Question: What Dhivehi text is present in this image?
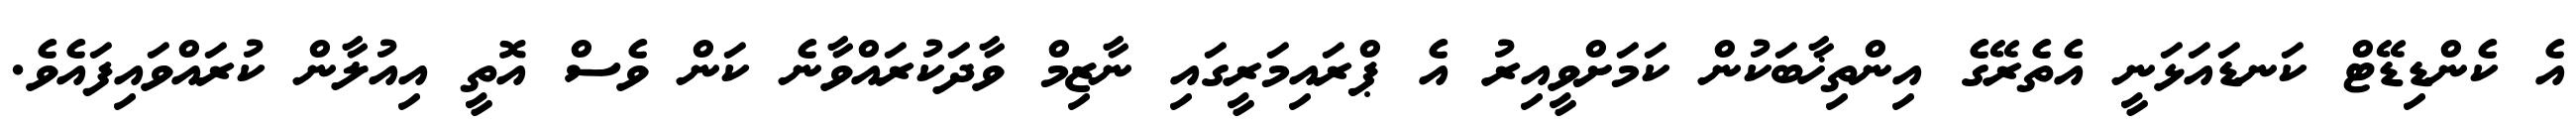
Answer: އެ ކެންޑިޑޭޓް ކަނޑައަޅަނީ އެތެރޭގެ އިންތިޚާބަކުން ކަމަށްވީއިރު އެ ޕްރައިމަރީގައި ނާޒިމް ވާދަކުރައްވާނެ ކަން ވެސް އޮތީ އިއުލާން ކުރައްވައިފައެވެ.